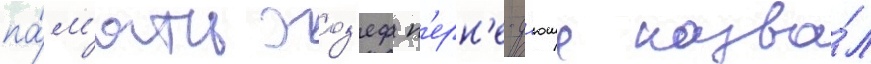
па́м'ять жоз'еф п'ерн'е-д'юше назва́л